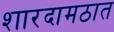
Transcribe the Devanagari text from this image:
शारदामठात